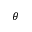
\theta